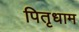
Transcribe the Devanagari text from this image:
पितृधाम